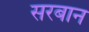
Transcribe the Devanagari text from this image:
सरबान